Source: Handwritten
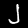
Digit: ၂ (2)